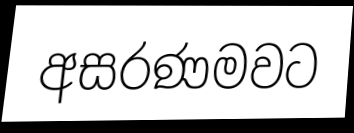
අසරණමවට